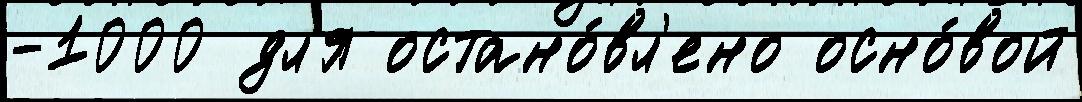
-1000 дл'я остано́вл'ено осно́вой